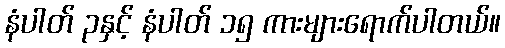
နံပါတ် ၃နှင့် နံပါတ် ၁၅ ကားများရောက်ပါတယ်။